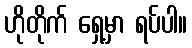
ဟိုတိုက် ရှေ့မှာ ရပ်ပါ။